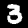
Digit: 3